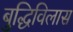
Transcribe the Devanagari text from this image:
बुद्धिविलास